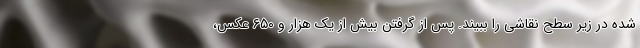
شده در زیر سطح نقاشی را ببیند. پس از گرفتن بیش از یک هزار و ۶۵۰ عکس،